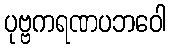
ပုဗ္ဗကရဏပဘဝေါ